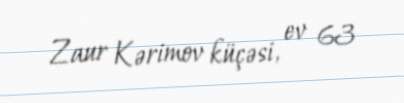
Zaur Kərimov küçəsi, ev 63